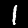
Label: 1